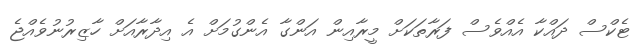
ޓެކްސް ދައްކާ އެއްވެސް ފަރާތަކަށް މީރާއިން އަންގާ އެންގުމަށް އެ އިދާރާއަށް ހާޒިރުނުވެއްޖެ